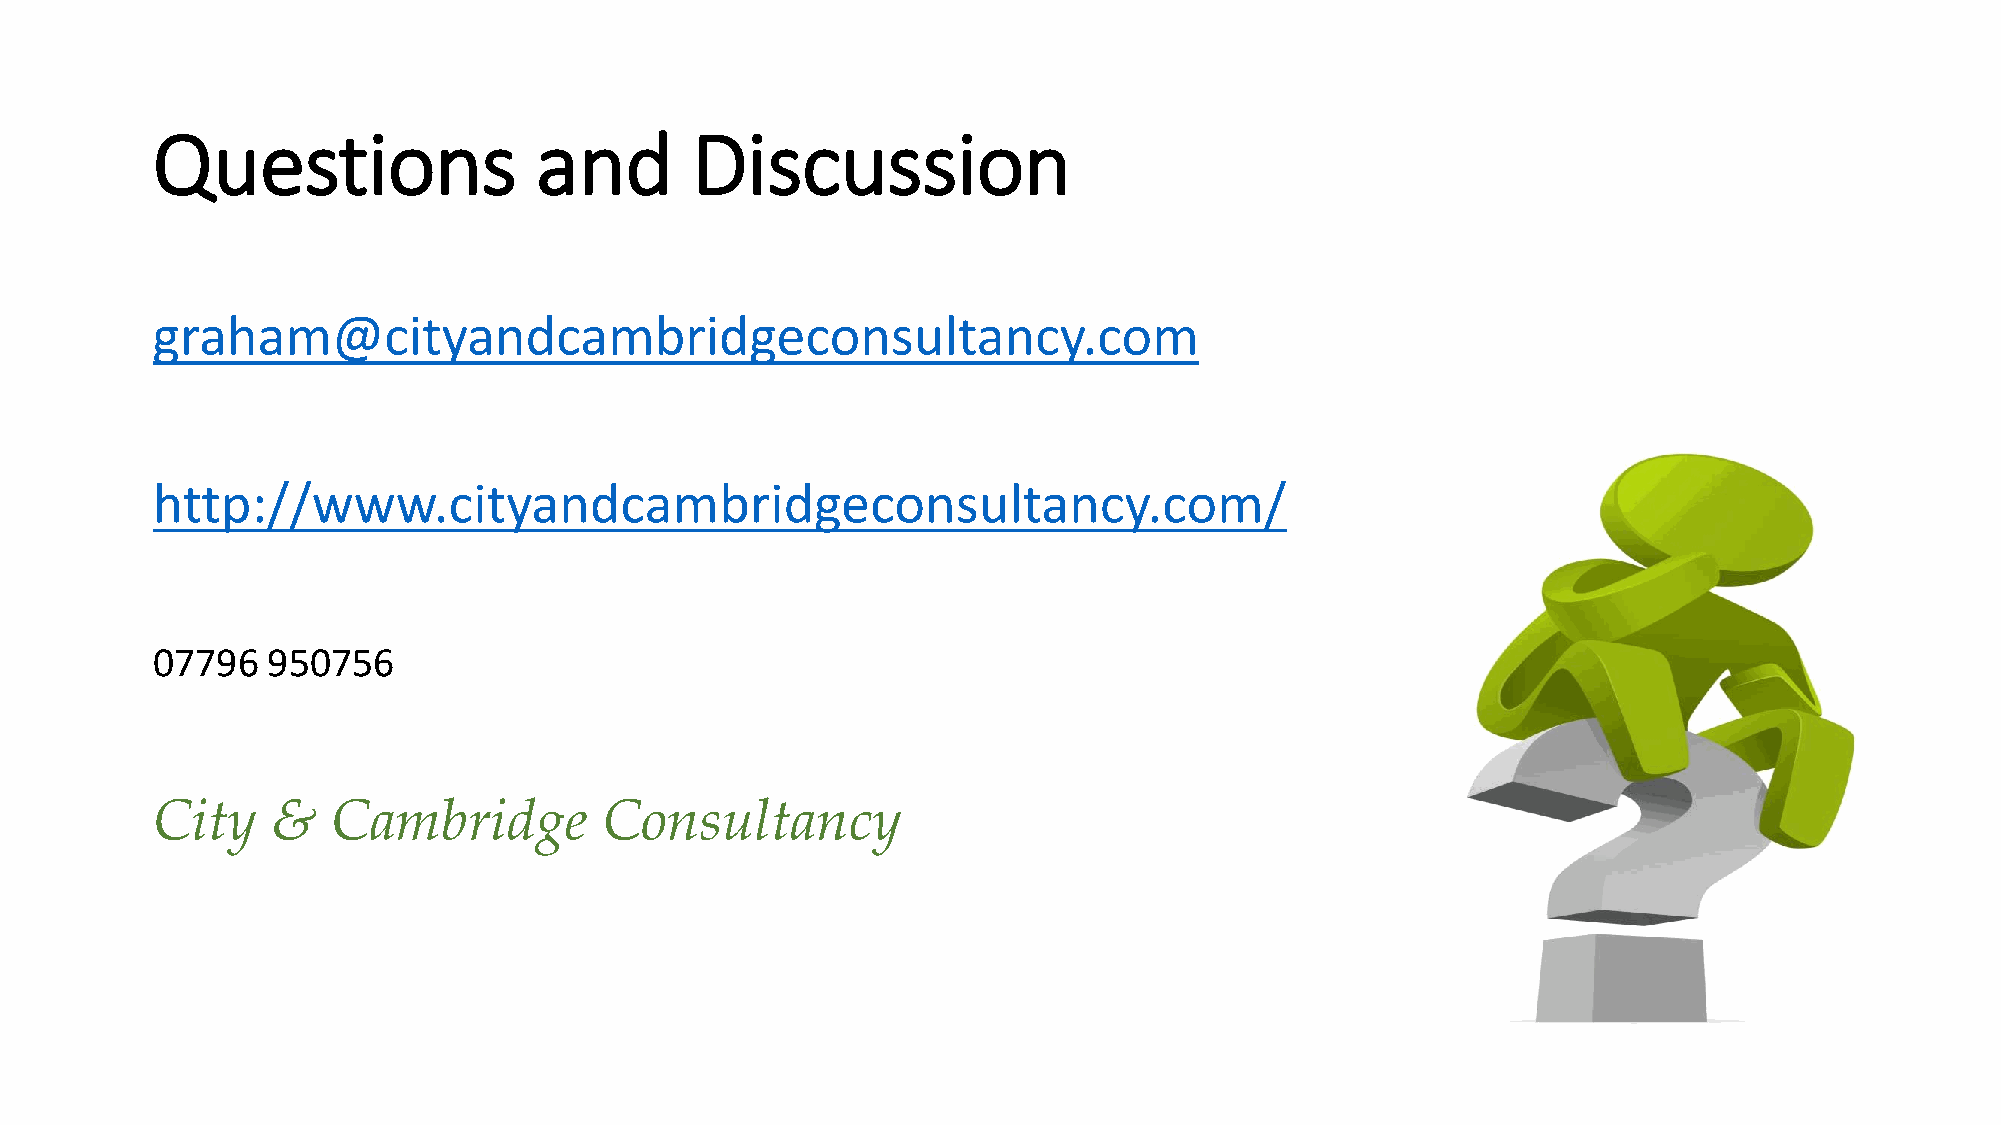
Questions                and        Discussion
 graham@cityandcambridgeconsultancy.com
 http://www.cityandcambridgeconsultancy.com/
 07796   950756
 City    &   Cambridge         Consultancy